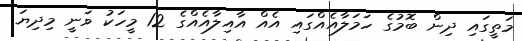
މަތީގައި ދިން ބޮމުގެ ހަމަލާއެއްގައި އެއް އާއިލާއެއްގެ 12 މީހަކު ވަނީ މިދިޔަ